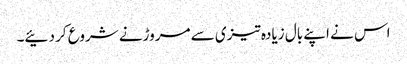
اس نے اپنے بال زیادہ تیزی سے مروڑنے شروع کر دئیے۔